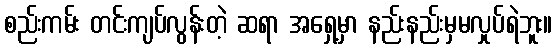
စည်းကမ်း တင်းကျပ်လွန်းတဲ့ ဆရာ အရှေ့မှာ နည်းနည်းမှမလှုပ်ရဲဘူး။